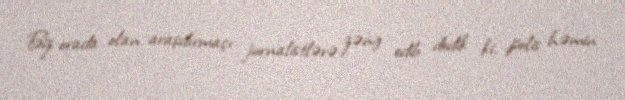
Biz orada olan araşdırmaçı jurnalistlərə zəng edib dedik ki, polis həmin